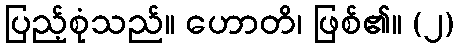
ပြည့်စုံသည်။ ဟောတိ၊ ဖြစ်၏။ (၂)